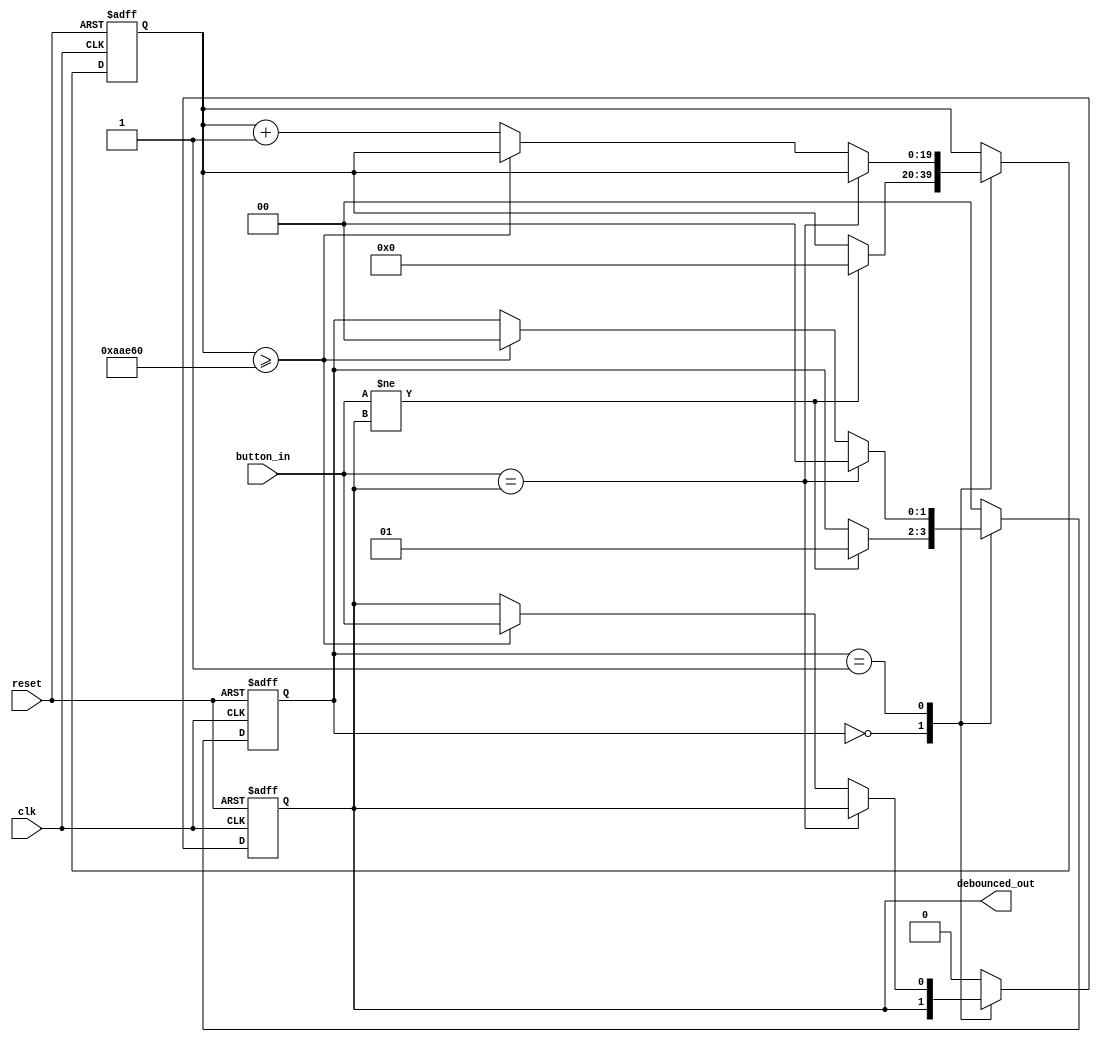
module debouncer (
    input wire clk,             
    input wire reset,           
    input wire button_in,       
    output reg debounced_out    
);

    // Define FSM states using parameters
    parameter WAIT_ON_CHANGE = 2'b00,
              CHANGE_STATE   = 2'b01;

    // FSM state variables
    reg [1:0] fsm_state, next_fsm_state;

    // Additional signals
    reg [COUNTER_LEN-1:0] counter_value, next_counter_value;
    reg next_debounced_signal;

    // Debounce time constant and counter length
    parameter DEBOUNCE_TIME = 700_000;  // 70ms
    parameter COUNTER_LEN = 20;      

    // FSM Process for state transition and output
    always @(posedge clk or posedge reset) begin
        if (reset) begin
            fsm_state <= WAIT_ON_CHANGE;
            counter_value <= 0;
            debounced_out <= 0;
        end else begin
            fsm_state <= next_fsm_state;
            counter_value <= next_counter_value;
            debounced_out <= next_debounced_signal;
        end
    end

    // Combinational logic for next state and output
    always @(*) begin
        // Default assignments
        next_fsm_state = fsm_state;
        next_counter_value = counter_value;
        next_debounced_signal = debounced_out;

        case (fsm_state)
            WAIT_ON_CHANGE: begin
                if (button_in != debounced_out) begin
                    next_fsm_state = CHANGE_STATE;
                    next_counter_value = 0;
                end
            end

            CHANGE_STATE: begin
                if (button_in == debounced_out) begin
                    next_fsm_state = WAIT_ON_CHANGE;
                end else if (counter_value >= DEBOUNCE_TIME) begin
                    next_fsm_state = WAIT_ON_CHANGE;
                    next_debounced_signal = button_in;
                end else begin
                    next_counter_value = counter_value + 1;
                end
            end

            default: begin
                next_fsm_state = WAIT_ON_CHANGE;
                next_debounced_signal = 0;
            end
        endcase
    end

endmodule